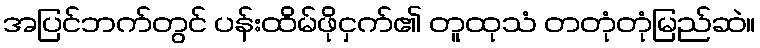
အပြင်ဘက်တွင် ပန်းထိမ်ဖိုငှက်၏ တူထုသံ တတုံတုံမြည်ဆဲ။